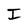
Character: I